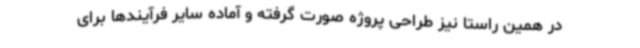
در همین راستا نیز طراحی پروژه صورت گرفته و آماده سایر فرآیندها برای